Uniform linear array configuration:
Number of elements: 24
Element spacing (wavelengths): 0.25
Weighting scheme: uniform
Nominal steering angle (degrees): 60
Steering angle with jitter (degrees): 61.476
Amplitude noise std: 0.05
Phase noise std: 0.05

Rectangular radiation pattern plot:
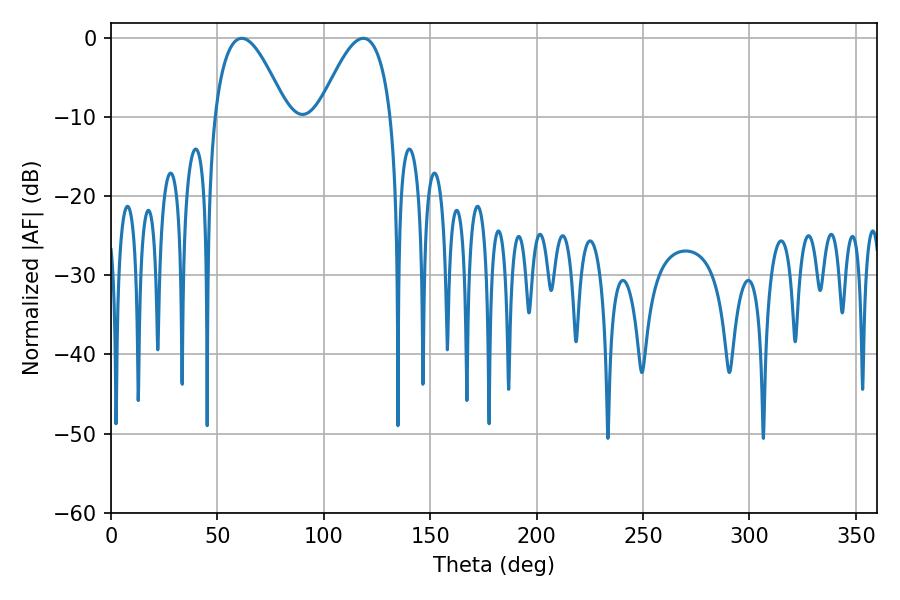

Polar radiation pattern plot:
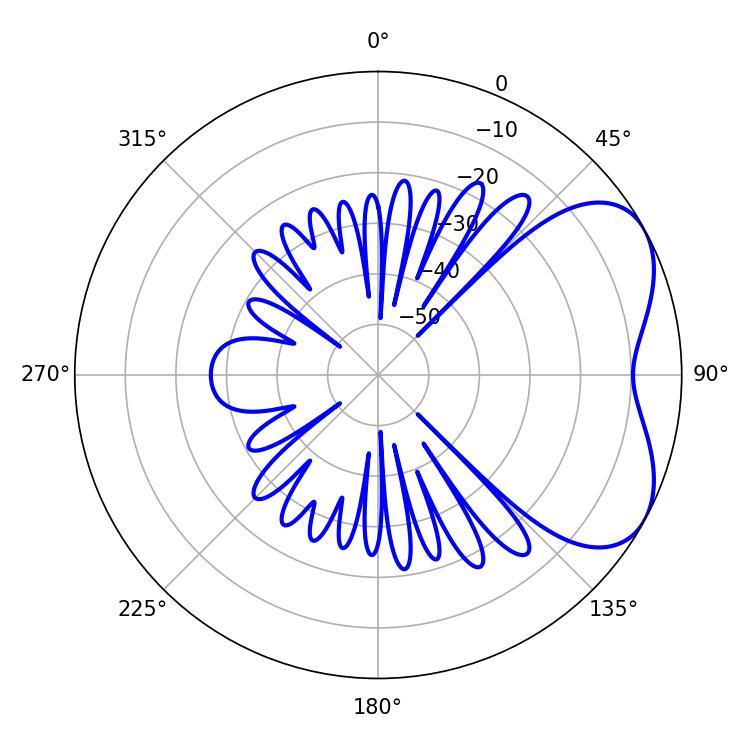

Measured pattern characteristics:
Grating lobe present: FALSE
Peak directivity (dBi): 4.908
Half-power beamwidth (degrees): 18.54
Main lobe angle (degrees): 61.38